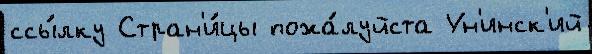
ссы́лку Стран'и́цы пожа́луйста Ун'инск'ий